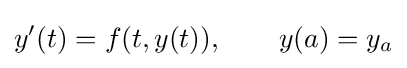
y'(t)=f(t,y(t)),\qquad y(a)=y_{a}